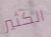
الكثير